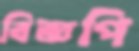
বিজ্ঞপি